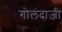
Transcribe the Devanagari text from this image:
गोलंदाज़ी